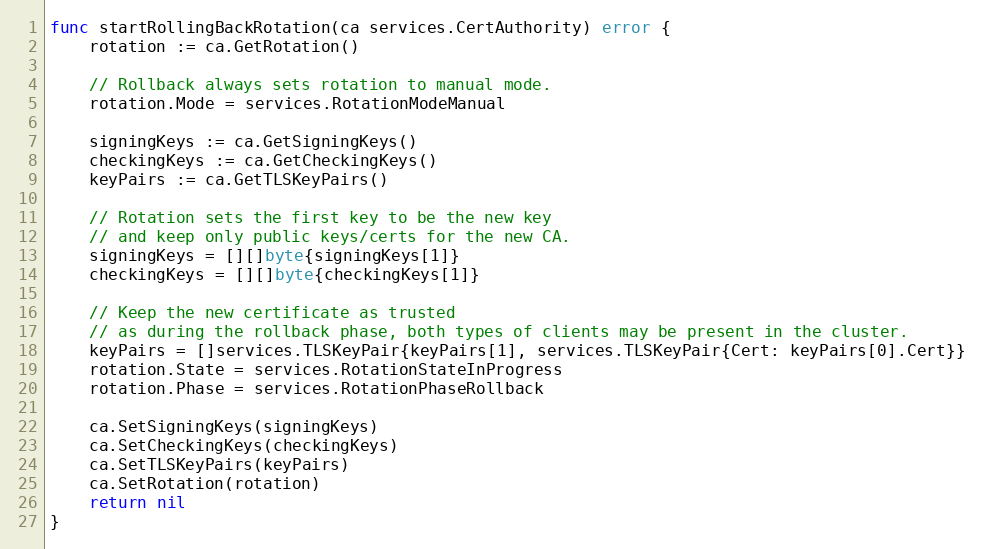
Language: Go
func startRollingBackRotation(ca services.CertAuthority) error {
	rotation := ca.GetRotation()

	// Rollback always sets rotation to manual mode.
	rotation.Mode = services.RotationModeManual

	signingKeys := ca.GetSigningKeys()
	checkingKeys := ca.GetCheckingKeys()
	keyPairs := ca.GetTLSKeyPairs()

	// Rotation sets the first key to be the new key
	// and keep only public keys/certs for the new CA.
	signingKeys = [][]byte{signingKeys[1]}
	checkingKeys = [][]byte{checkingKeys[1]}

	// Keep the new certificate as trusted
	// as during the rollback phase, both types of clients may be present in the cluster.
	keyPairs = []services.TLSKeyPair{keyPairs[1], services.TLSKeyPair{Cert: keyPairs[0].Cert}}
	rotation.State = services.RotationStateInProgress
	rotation.Phase = services.RotationPhaseRollback

	ca.SetSigningKeys(signingKeys)
	ca.SetCheckingKeys(checkingKeys)
	ca.SetTLSKeyPairs(keyPairs)
	ca.SetRotation(rotation)
	return nil
}